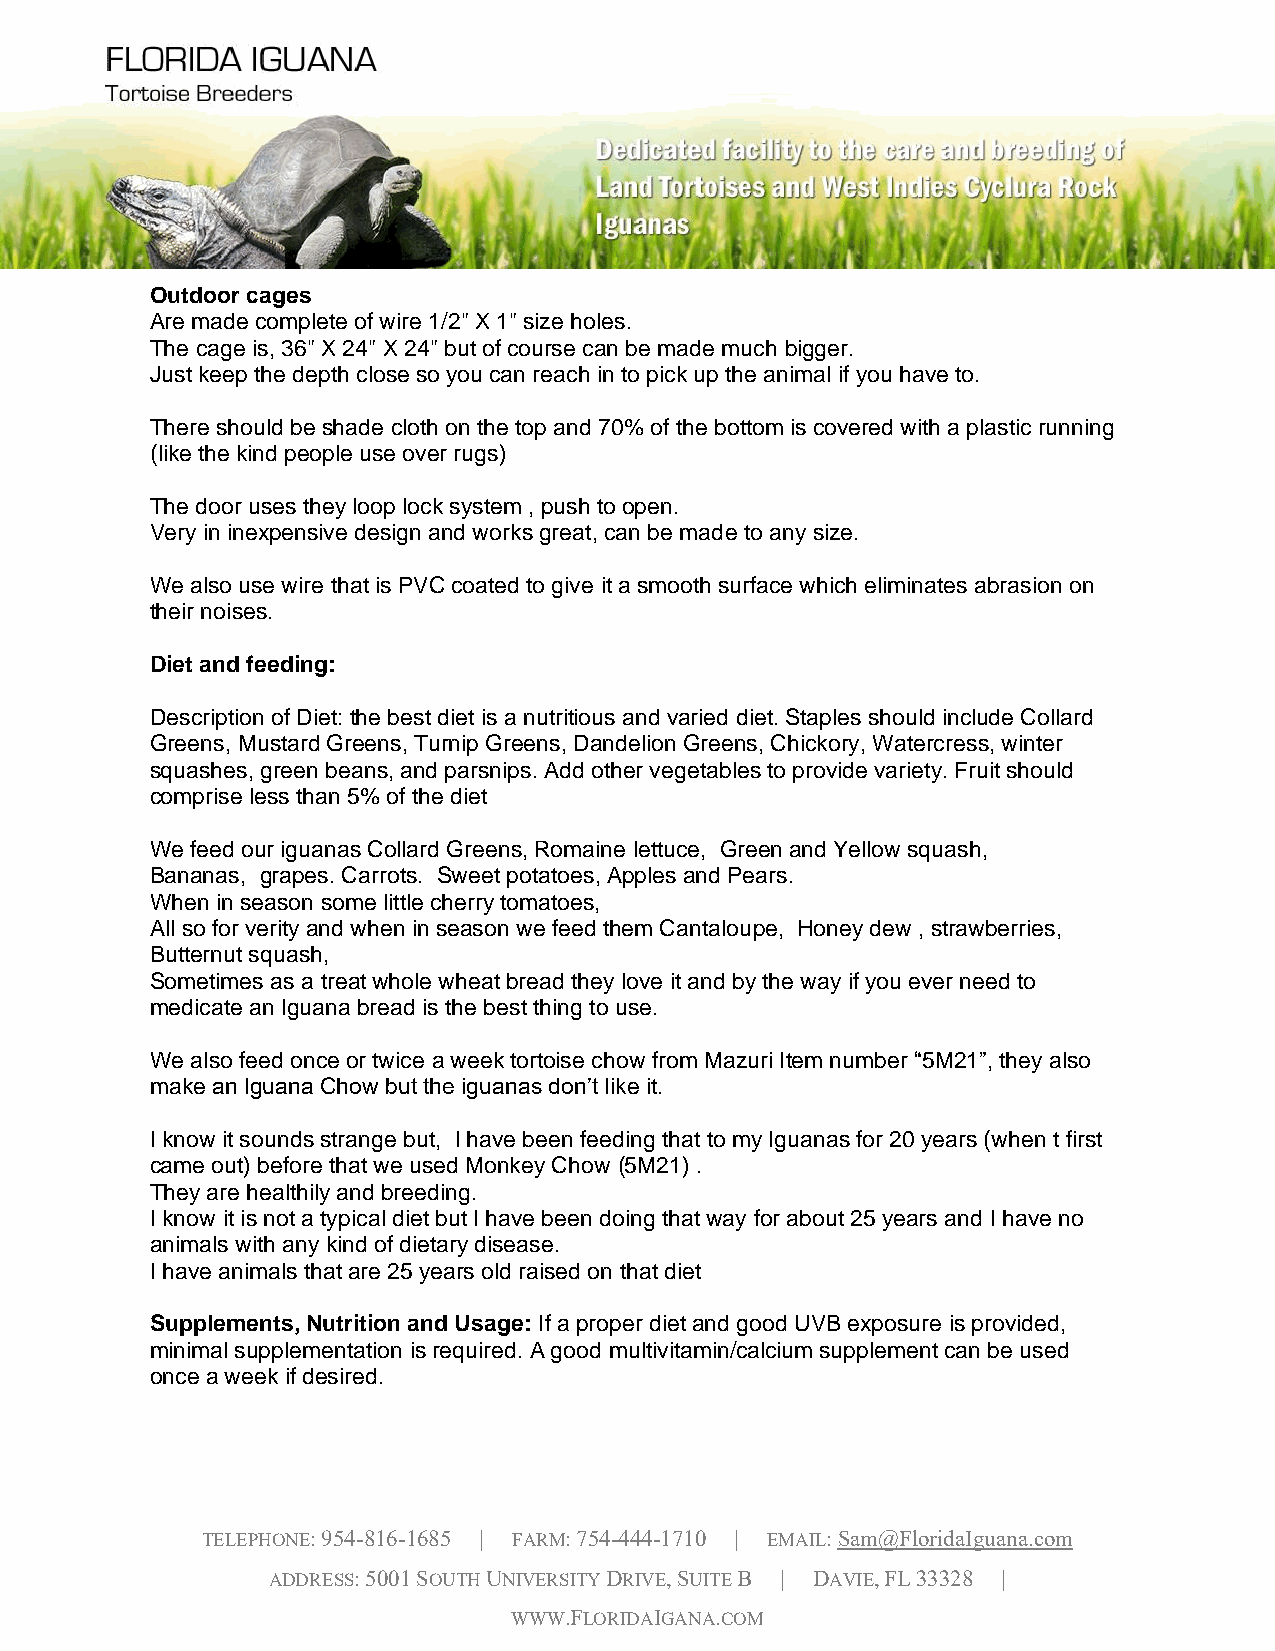
Outdoor cages
 Are made complete of wire 1/2" X 1" size holes.
 The cage is, 36" X 24" X 24" but of course can be made much bigger.
 Just keep the depth close so you can reach in to pick up the animal if you have to.
 There should be shade cloth on the top and 70% of the bottom is covered with a plastic running
 (like the kind people use over rugs)
 The door uses they loop lock system , push to open.
 Very in inexpensive design and works great, can be made to any size.
 We also use wire that is PVC coated to give it a smooth surface which eliminates abrasion on
 their noises.
 Diet and feeding:
 Description of Diet: the best diet is a nutritious and varied diet. Staples should include Collard
 Greens, Mustard Greens, Turnip Greens, Dandelion Greens, Chickory, Watercress, winter
 squashes, green beans, and parsnips. Add other vegetables to provide variety. Fruit should
 comprise less than 5% of the diet
 We feed our iguanas Collard Greens, Romaine lettuce, Green and Yellow squash,
 Bananas, grapes. Carrots. Sweet potatoes, Apples and Pears.
 When in season some little cherry tomatoes,
 All so for verity and when in season we feed them Cantaloupe, Honey dew , strawberries,
 Butternut squash,
 Sometimes as a treat whole wheat bread they love it and by the way if you ever need to
 medicate an Iguana bread is the best thing to use.
 We also feed once or twice a week tortoise chow from Mazuri Item number “5M21”, they also
 make an Iguana Chow but the iguanas don’t like it.
 I know it sounds strange but, I have been feeding that to my Iguanas for 20 years (when t first
 came out) before that we used Monkey Chow (5M21) .
 They are healthily and breeding.
 I know it is not a typical diet but I have been doing that way for about 25 years and I have no
 animals with any kind of dietary disease.
 I have animals that are 25 years old raised on that diet
 Supplements, Nutrition and Usage: If a proper diet and good UVB exposure is provided,
 minimal supplementation is required. A good multivitamin/calcium supplement can be used
 once a week if desired.
 TELEPHONE: 954-816-1685 | FARM: 754-444-1710 | EMAIL: Sam@FloridaIguana.com
 ADDRESS: 5001 SOUTH UNIVERSITY DRIVE, SUITE B | DAVIE, FL 33328 |
 WWW.FLORIDAIGANA.COM